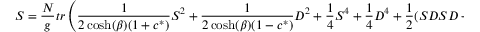
S = { \frac { N } { g } } t r \left( { \frac { 1 } { 2 \cosh ( \beta ) ( 1 + c ^ { * } ) } } S ^ { 2 } + { \frac { 1 } { 2 \cosh ( \beta ) ( 1 - c ^ { * } ) } } D ^ { 2 } + { \frac { 1 } { 4 } } S ^ { 4 } + { \frac { 1 } { 4 } } D ^ { 4 } + { \frac { 1 } { 2 } } ( S D S D + 2 S ^ { 2 } D ^ { 2 } ) \right) ,